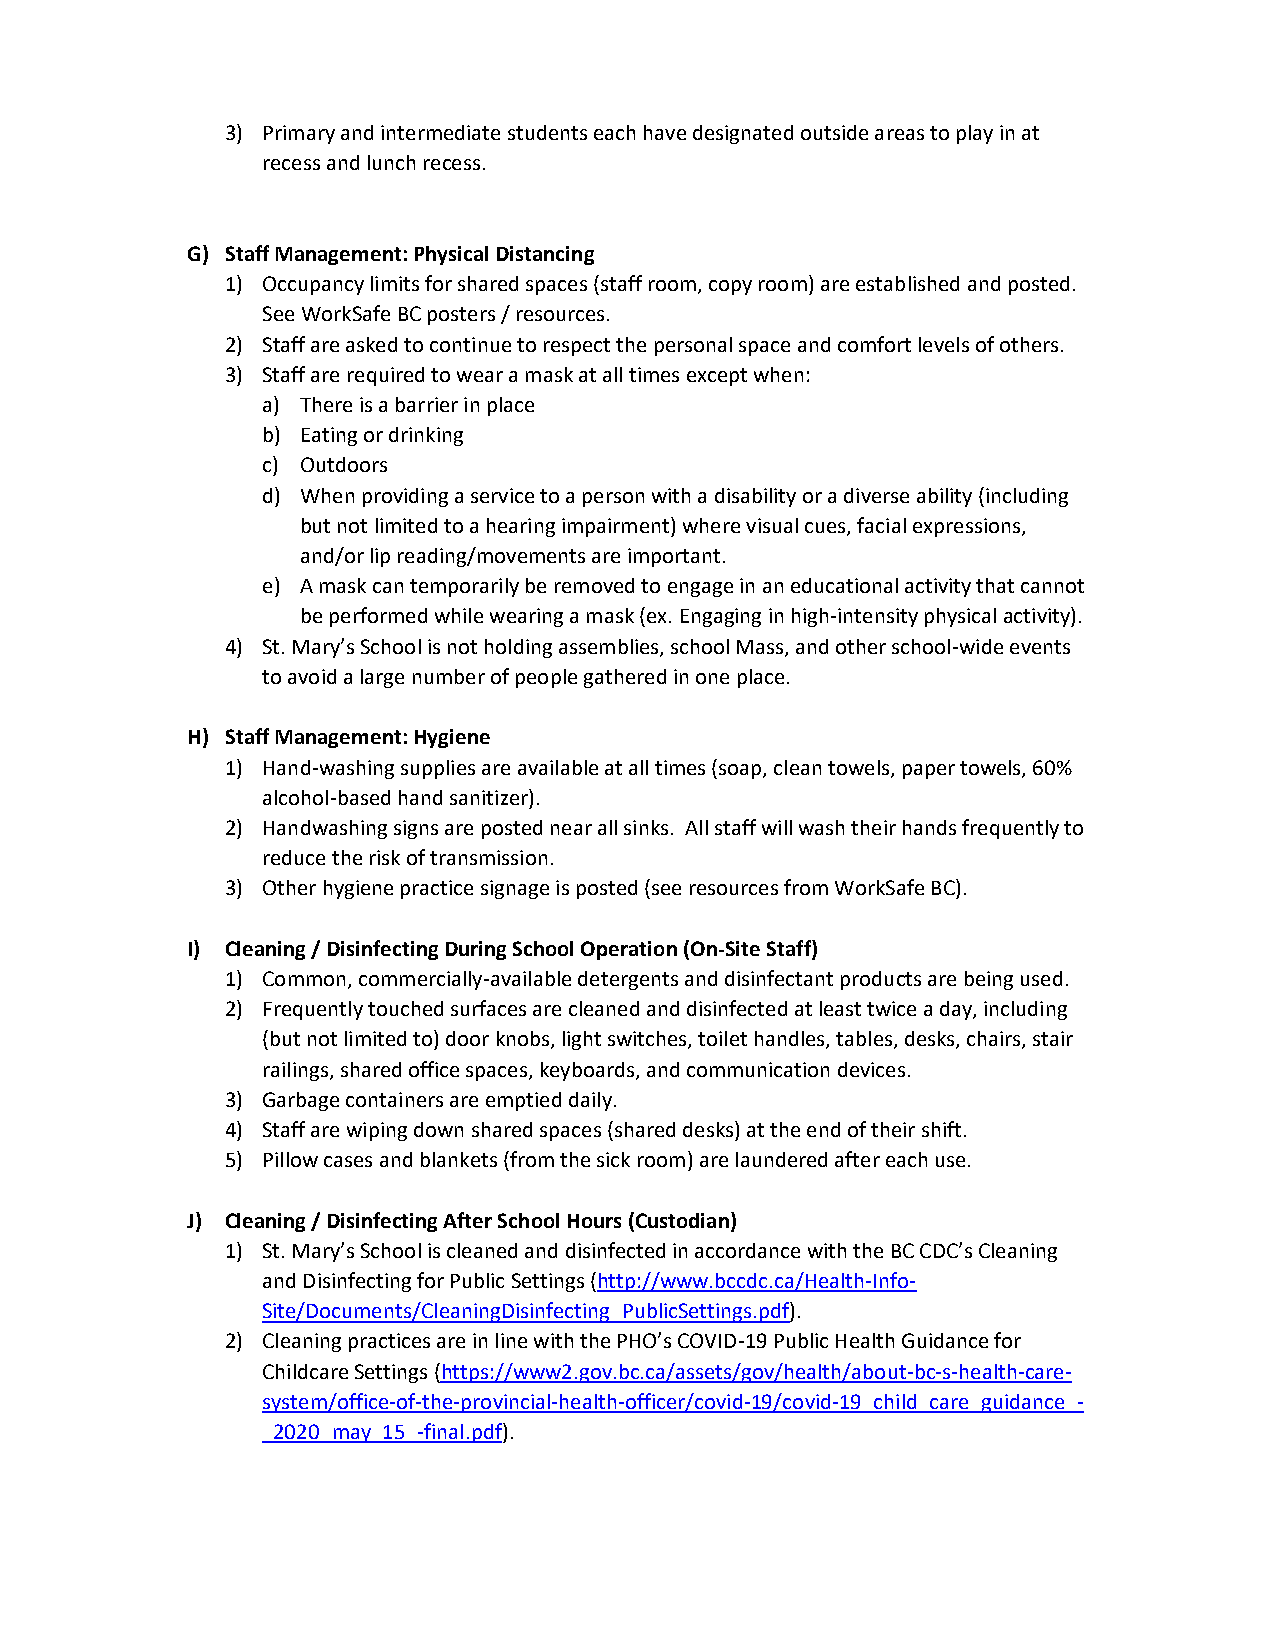
3) Primary and intermediate students each have designated outside areas to play in at
 recess and lunch recess.
 G) Staff Management: Physical Distancing
 1) Occupancy limits for shared spaces (staff room, copy room) are established and posted.
 See WorkSafe BC posters / resources.
 2) Staff are asked to continue to respect the personal space and comfort levels of others.
 3) Staff are required to wear a mask at all times except when:
 a) There is a barrier in place
 b) Eating or drinking
 c) Outdoors
 d) When providing a service to a person with a disability or a diverse ability (including
 but not limited to a hearing impairment) where visual cues, facial expressions,
 and/or lip reading/movements are important.
 e) A mask can temporarily be removed to engage in an educational activity that cannot
 be performed while wearing a mask (ex. Engaging in high-intensity physical activity).
 4) St. Mary’s School is not holding assemblies, school Mass, and other school-wide events
 to avoid a large number of people gathered in one place.
 H) Staff Management: Hygiene
 1) Hand-washing supplies are available at all times (soap, clean towels, paper towels, 60%
 alcohol-based hand sanitizer).
 2) Handwashing signs are posted near all sinks. All staff will wash their hands frequently to
 reduce the risk of transmission.
 3) Other hygiene practice signage is posted (see resources from WorkSafe BC).
 I) Cleaning / Disinfecting During School Operation (On-Site Staff)
 1) Common, commercially-available detergents and disinfectant products are being used.
 2) Frequently touched surfaces are cleaned and disinfected at least twice a day, including
 (but not limited to) door knobs, light switches, toilet handles, tables, desks, chairs, stair
 railings, shared office spaces, keyboards, and communication devices.
 3) Garbage containers are emptied daily.
 4) Staff are wiping down shared spaces (shared desks) at the end of their shift.
 5) Pillow cases and blankets (from the sick room) are laundered after each use.
 J) Cleaning / Disinfecting After School Hours (Custodian)
 1) St. Mary’s School is cleaned and disinfected in accordance with the BC CDC’s Cleaning
 and Disinfecting for Public Settings (http://www.bccdc.ca/Health-Info-
 Site/Documents/CleaningDisinfecting_PublicSettings.pdf).
 2) Cleaning practices are in line with the PHO’s COVID-19 Public Health Guidance for
 Childcare Settings (https://www2.gov.bc.ca/assets/gov/health/about-bc-s-health-care-
 system/office-of-the-provincial-health-officer/covid-19/covid-19_child_care_guidance_-
 _2020_may_15_-final.pdf).